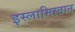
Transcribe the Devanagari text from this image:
इस्लामिस्तान